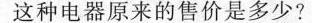
这种电器原来的售价是多少?